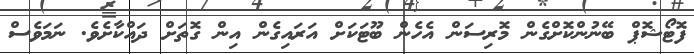
ފޮޓޯޝޮޕް ބޭނުންކޮށްގެން މޮރިސަން އެހެން ބޫޓަކަށްް އަރައިގެން އިން ގޮތަށް ދައްކާށެވެ. ނަމަވެސް